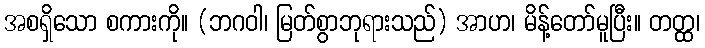
အစရှိသော စကားကို။ (ဘဂဝါ၊ မြတ်စွာဘုရားသည်) အာဟ၊ မိန့်တော်မူပြီး။ တတ္ထ၊